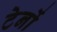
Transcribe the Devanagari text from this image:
टेनों